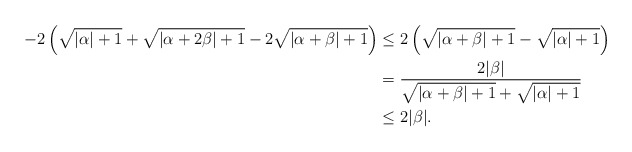
\begin{align*}-2\left(\sqrt{|\alpha|+1}+\sqrt{|\alpha+2\beta|+1}-2\sqrt{|\alpha+\beta|+1}\right)&\leq 2\left(\sqrt{|\alpha+\beta|+1}-\sqrt{|\alpha|+1}\right)\\&=\frac{2|\beta|}{\sqrt{|\alpha+\beta|+1}+\sqrt{|\alpha|+1}}\\&\leq 2|\beta|.\end{align*}